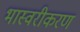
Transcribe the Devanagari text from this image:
भास्वरीकरण